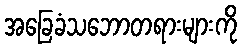
အခြေခံသဘောတရားများကို